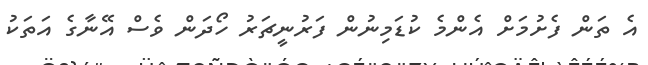
އެ ތަން ފެށުމަށް އެންމެ ކުޑަމިނުން ފަރުނީޗަރު ހޯދަން ވެސް އޭނާގެ އަތަކު